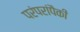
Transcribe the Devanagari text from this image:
परंपरांपैकी